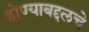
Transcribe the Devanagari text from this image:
होण्याबद्दलचे